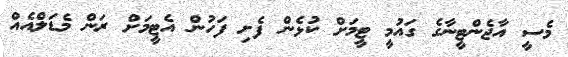
މެސީ އާޖެންޓީނާގެ ގައުމީ ޓީމަށް ކުޅެން ފެށި ފަހުން އެޓީމަށް ރަން މެޑަލްއެއް